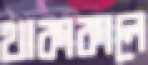
থাকাকালে